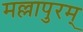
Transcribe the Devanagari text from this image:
मल्लापुरम्